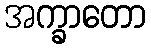
အက္ခာတော